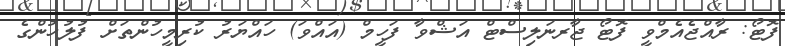
ފޮޓޯ: ރާއްޖެއެމްވީ ފޮޓޯ ޖާރނަލިސްޓް އަޝްވާ ފަހީމް (އައްވަ) ހައްޔަރު ކުރިމީހުންތަށް ފުލުހުންގެ